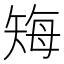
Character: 𬑲